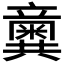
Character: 𥫆